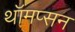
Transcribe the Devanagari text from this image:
थॉमप्सन